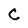
Character: C